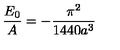
\frac { E _ { 0 } } { A } = - \frac { \pi ^ { 2 } } { 1 4 4 0 a ^ { 3 } } \nonumber